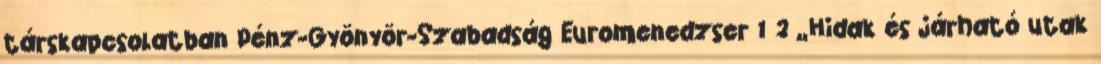
társkapcsolatban Pénz-Gyönyör-Szabadság Euromenedzser 1 2 „Hidak és járható utak